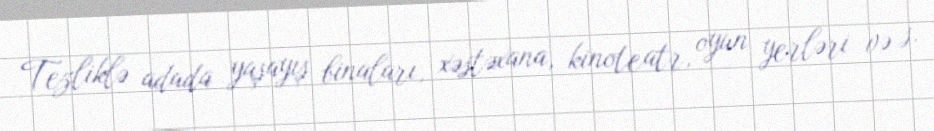
Tezliklə adada yaşayış binaları, xəstəxana, kinoteatr, oyun yerləri və s.